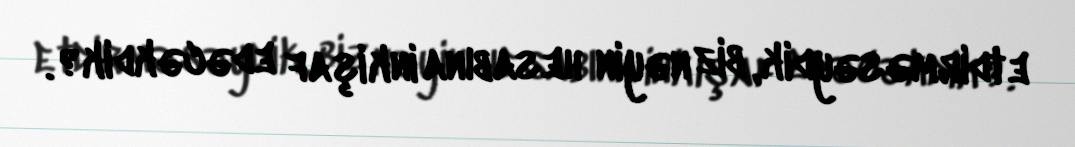
etdirməsəydik, biz nəyin hesabına inkişaf edəcəkdik?.